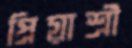
প্রিয়াশ্রী